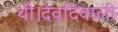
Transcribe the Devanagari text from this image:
थी।देवदिवाली